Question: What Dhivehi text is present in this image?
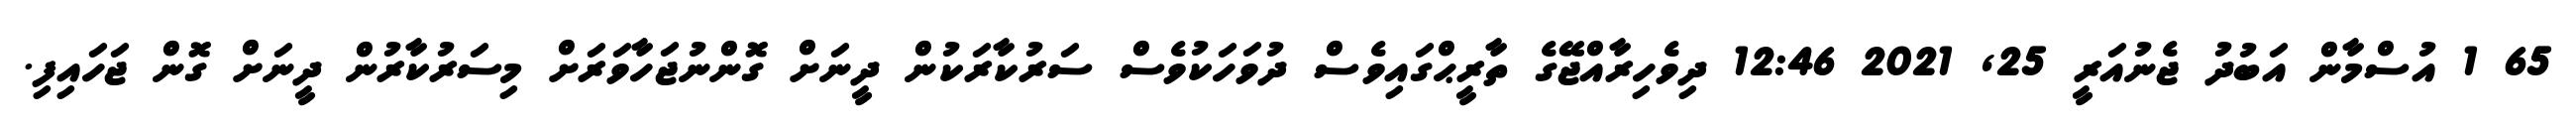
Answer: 65 1 އުސްމާން އަބުދު ޖެނުއަރީ 25, 2021 12:46 ދިވެހިރާއްޖޭގެ ތާރީޙްގައިވެސް ދުވަހަކުވެސް ސަރުކާރަކުން ދީނަށް ގޮންނުޖަހާވަރަށް މިސަރުކާރުން ދީނަށް ގޮން ޖަހައިފި.